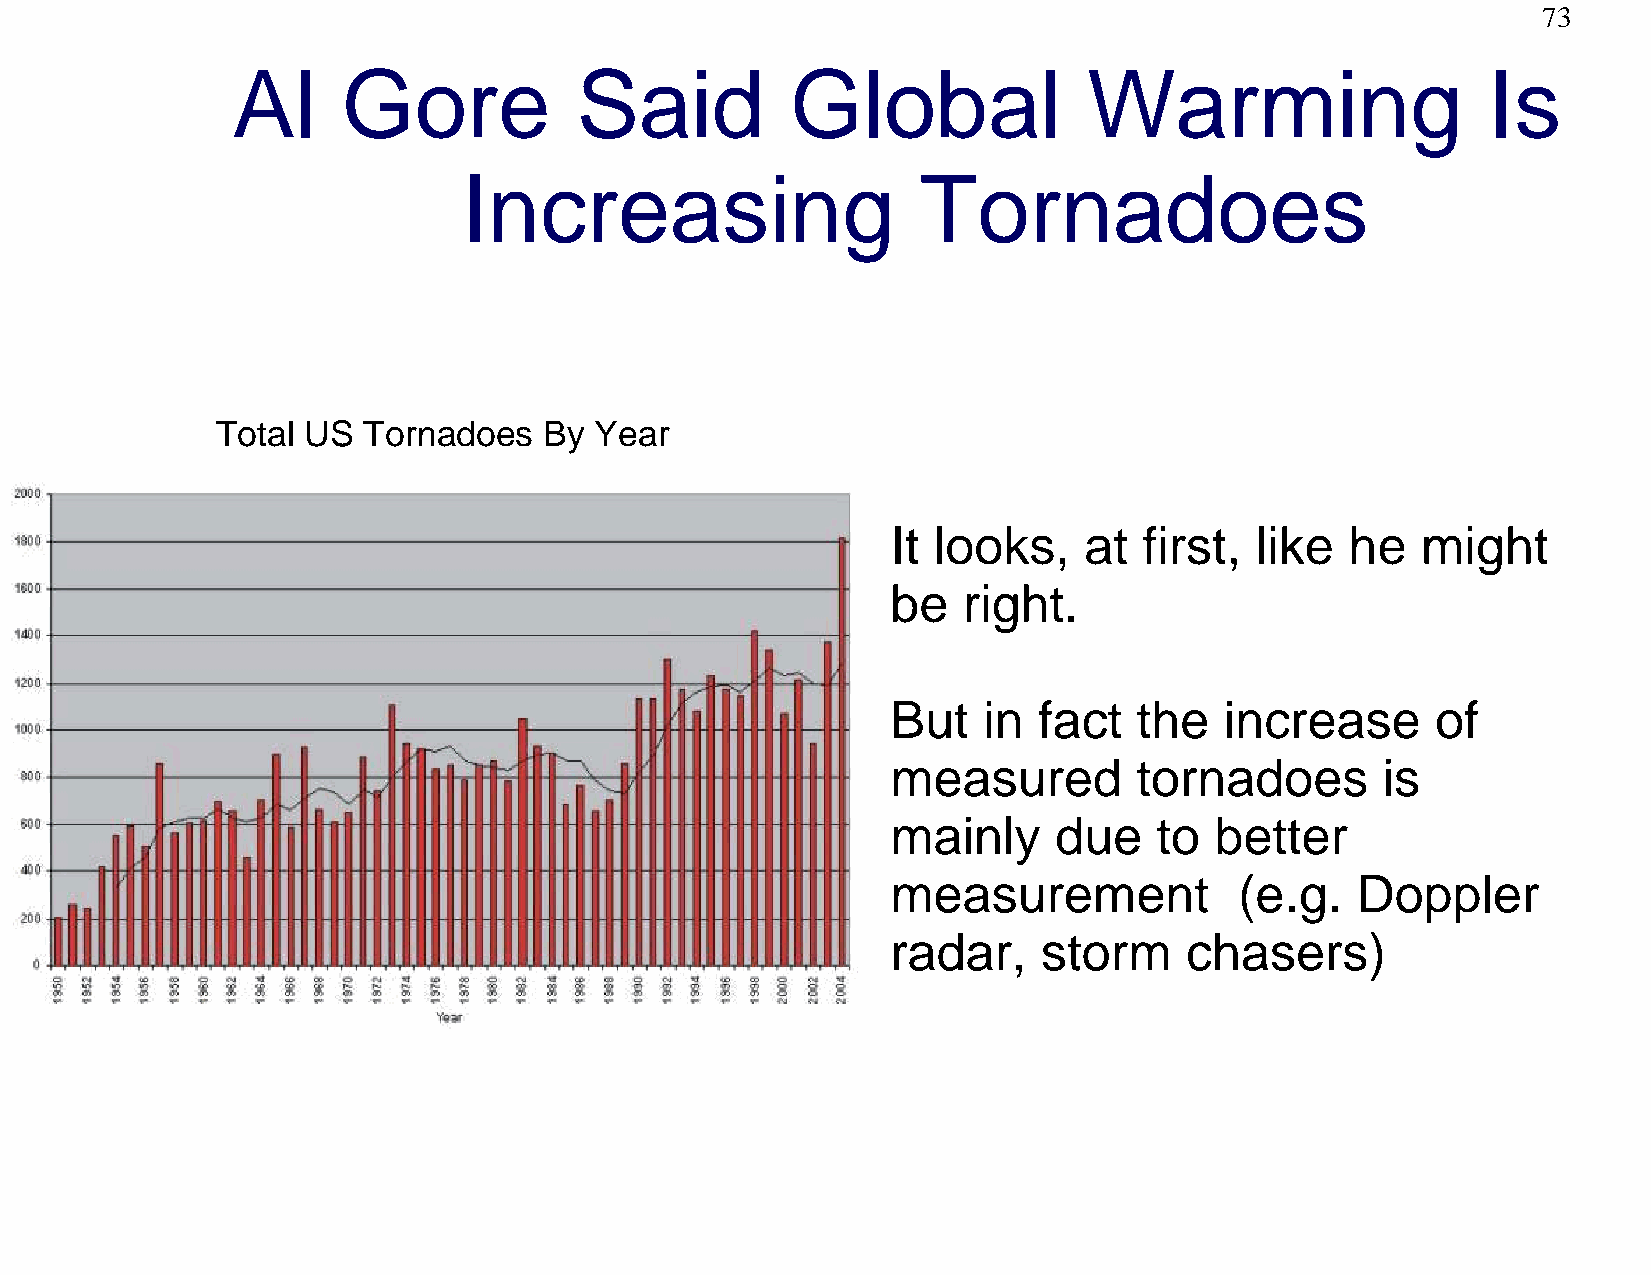
73
 Al      Gore           Said          Global              Warming                   Is
 Increasing                    Tornadoes
 Total US  Tornadoes   By Year
 It looks,    at  first, like  he   might
 be   right.
 But   in  fact  the   increase      of
 measured        tornadoes       is
 mainly     due    to better
 measurement            (e.g.   Doppler
 radar,    storm    chasers)